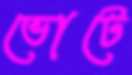
ভোটে